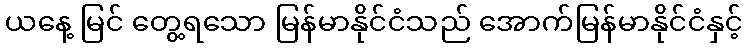
ယနေ့ မြင် တွေ့ရသော မြန်မာနိုင်ငံသည် အောက်မြန်မာနိုင်ငံနှင့်